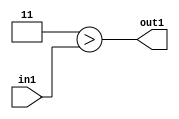
`timescale 1ps / 1ps
/*****************************************************************************
    Verilog RTL Description
    
    
    Created by: Stratus DpOpt 2019.1.01 
*******************************************************************************/

module GauFilter_Lti3u2_1 (
	in1,
	out1
	); /* architecture "behavioural" */ 
input [1:0] in1;
output  out1;
wire  asc001;

assign asc001 = (7'B0000011>in1);

assign out1 = asc001;
endmodule

/* CADENCE  urb2TAo= : u9/ySgnWtBlWxVPRXgAZ4Og= ** DO NOT EDIT THIS LINE ******/